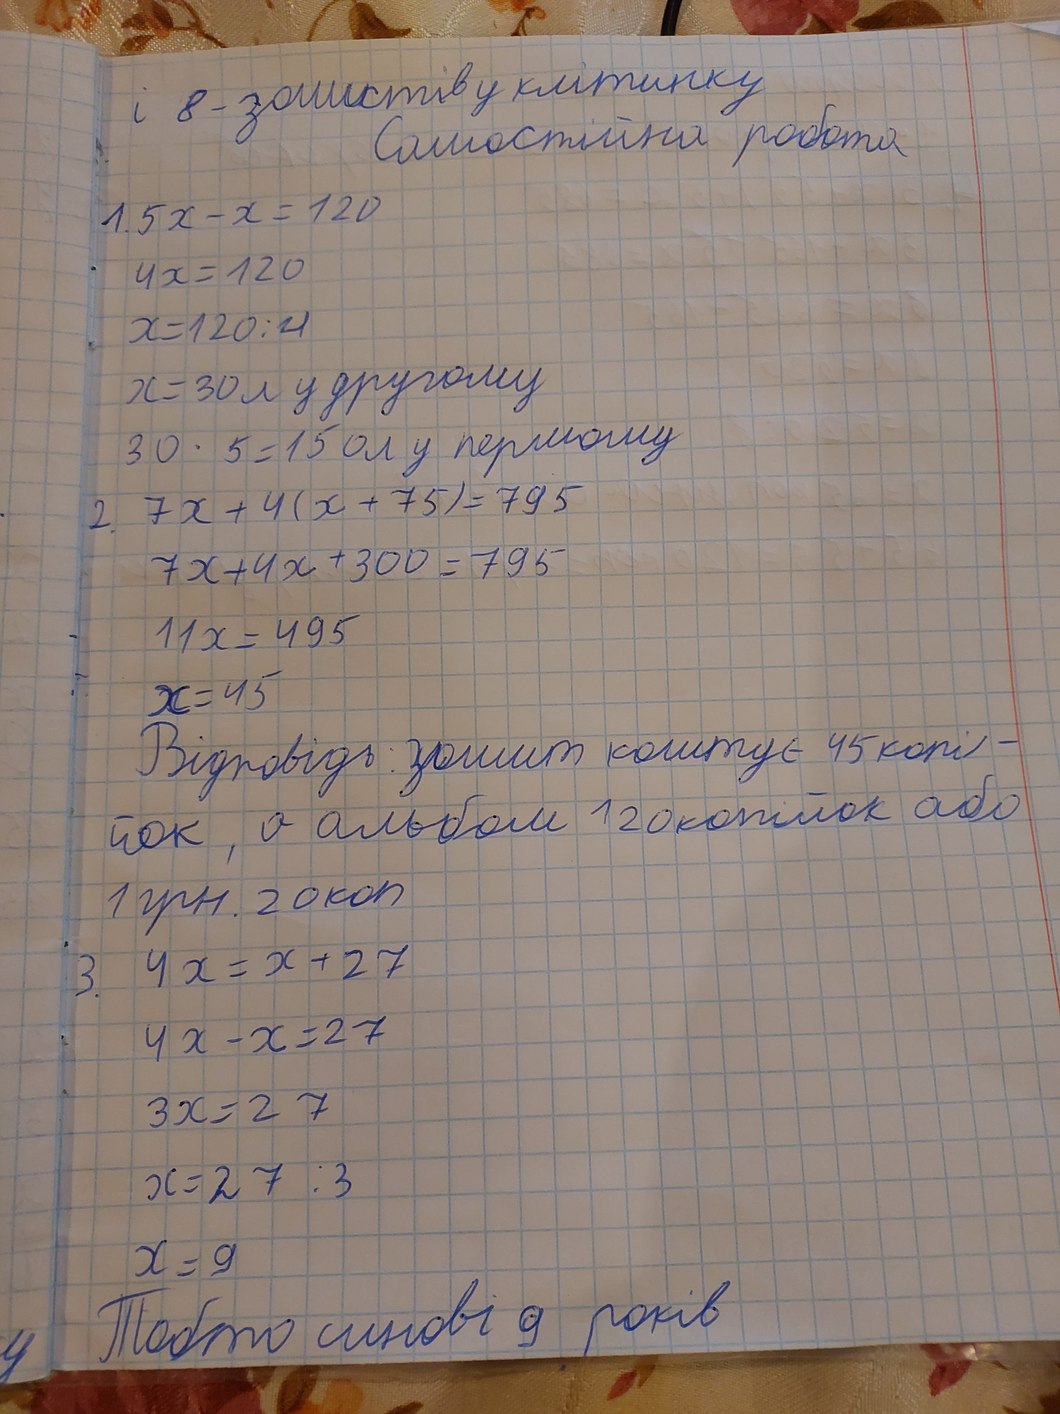
і 8 - зошитів у клітинку
Самостійна робота
1.5x - x = 120
4x = 120
x = 120 : 4
x = 30 л у другому
30 * 5 = 150 л у першому
2. 7x + 4(x + 75) = 795
7x + 4x + 300 = 795
11x = 495
x = 45
Відповідь: зошит коштує 45 копі-
йок, а альбом 120 копійок або
1 грн. 20 коп
3. 4x = x + 27
4x - x = 27
3x = 27
x = 27 : 3
x = 9
Тобто синові 9 років